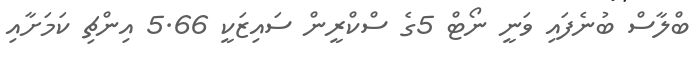
ބްލާސް ބުނެފައި ވަނީ ނޯޓް 5ގެ ސްކްރީން ސައިޒަކީ 5.66 އިންޗި ކަމަށާއި